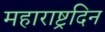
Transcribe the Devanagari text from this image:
महाराष्ट्रदिन